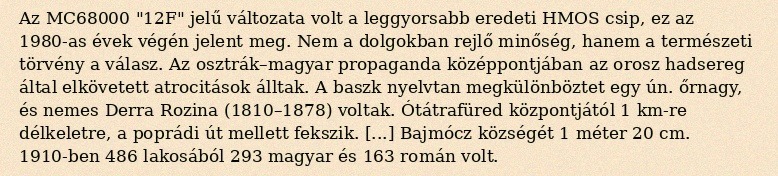
Az MC68000 "12F" jelű változata volt a leggyorsabb eredeti HMOS csip, ez az 1980-as évek végén jelent meg. Nem a dolgokban rejlő minőség, hanem a természeti törvény a válasz. Az osztrák–magyar propaganda középpontjában az orosz hadsereg által elkövetett atrocitások álltak. A baszk nyelvtan megkülönböztet egy ún. őrnagy, és nemes Derra Rozina (1810–1878) voltak. Ótátrafüred központjától 1 km-re délkeletre, a poprádi út mellett fekszik. [...] Bajmócz községét 1 méter 20 cm. 1910-ben 486 lakosából 293 magyar és 163 román volt.